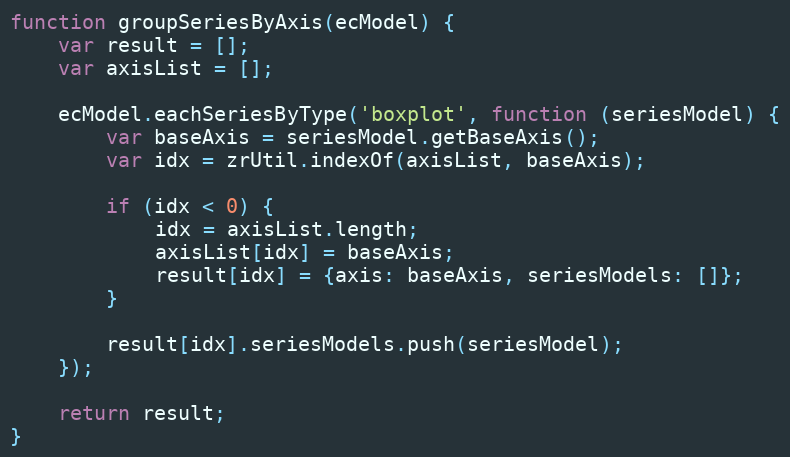
Language: JavaScript
function groupSeriesByAxis(ecModel) {
    var result = [];
    var axisList = [];

    ecModel.eachSeriesByType('boxplot', function (seriesModel) {
        var baseAxis = seriesModel.getBaseAxis();
        var idx = zrUtil.indexOf(axisList, baseAxis);

        if (idx < 0) {
            idx = axisList.length;
            axisList[idx] = baseAxis;
            result[idx] = {axis: baseAxis, seriesModels: []};
        }

        result[idx].seriesModels.push(seriesModel);
    });

    return result;
}